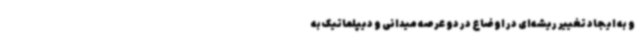
و به ایجاد تغییر ریشه‌ای در اوضاع در دو عرصه میدانی و دیپلماتیک به